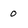
Character: 0